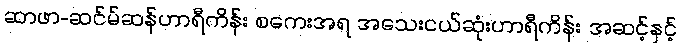
ဆာဖာ-ဆင်မ်ဆန်ဟာရီကိန်း စကေးအရ အသေးငယ်ဆုံးဟာရီကိန်း အဆင့်နှင့်